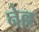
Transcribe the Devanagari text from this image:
नेल्ल